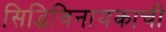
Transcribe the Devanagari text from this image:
सिद्धिविनायकाची